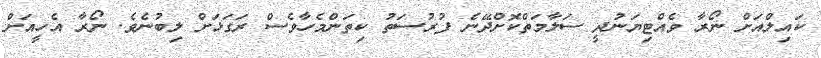
ކައިލްއަށް ނޯރާ ވެއްޓިޔަނުދީ ސަލާމަތްކޮށްދޭނެ ފުރުސަތު ކިތަންމެހާވެސް ރަގަޅަށް ލިބުނެވެ. ނޯރާ އެހީއަށް